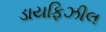
ડાયફિઝીલ